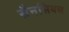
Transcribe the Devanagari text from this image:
सैनसियस